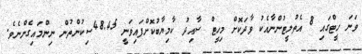
ވަނަ ހީޓްގައި 8 އެތުލީޓުންނާއެކު ވާދަކޮށް މިހީޓް ސާއިދު ކާމިޔާބުކޮށްފައިވަނީ 48.45ސިކުންތުން ނިންމައިގެންނެވެ.